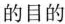
的目的